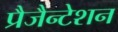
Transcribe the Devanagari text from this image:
प्रैजैन्टेशन